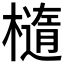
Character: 𬄭